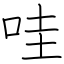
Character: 哇